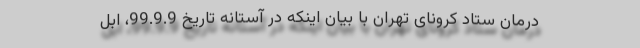
درمان ستاد کرونای تهران با بیان اینکه در آستانه تاریخ 99.9.9، ابل